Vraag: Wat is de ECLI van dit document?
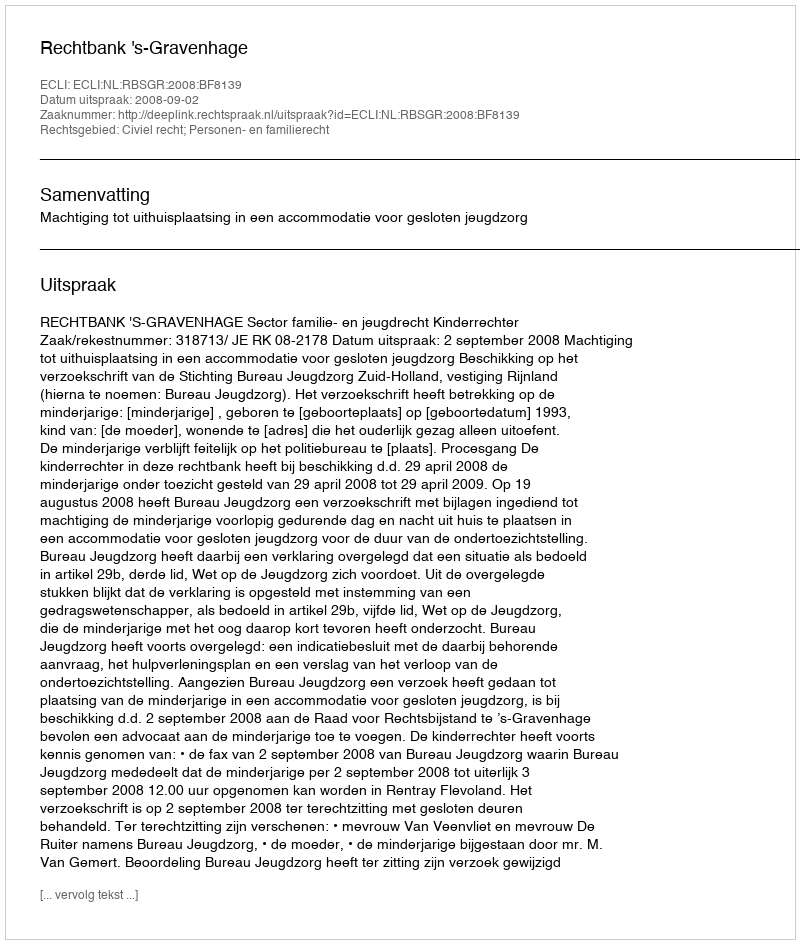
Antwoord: ECLI:NL:RBSGR:2008:BF8139